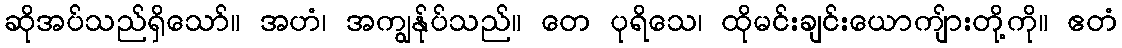
ဆိုအပ်သည်ရှိသော်။ အဟံ၊ အကျွန်ုပ်သည်။ တေ ပုရိသေ၊ ထိုမင်းချင်းယောကျ်ားတို့ကို။ ဧတံ